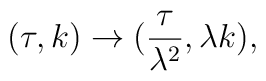
(\tau,k) \rightarrow (\frac{\tau}{\lambda^2},\lambda k),